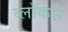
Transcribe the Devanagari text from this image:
ब्लॉकस